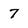
Character: 7